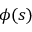
\phi ( s )